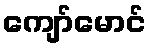
ကျော်မောင်